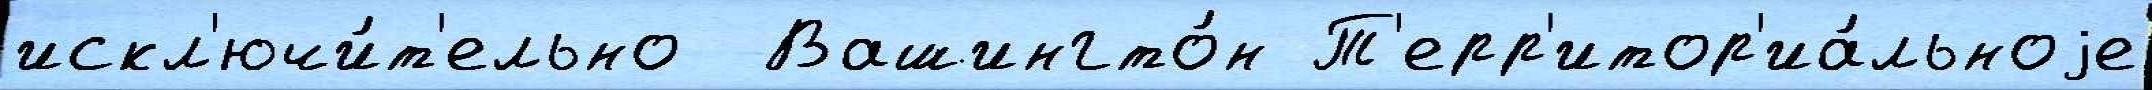
искл'ючи́т'ельно  Вашингто́н Т'ерр'итор'иа́льноjе